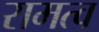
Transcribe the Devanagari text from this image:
रामत्व